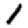
Digit: 1